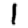
Digit: 1